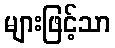
များဖြင့်သာ